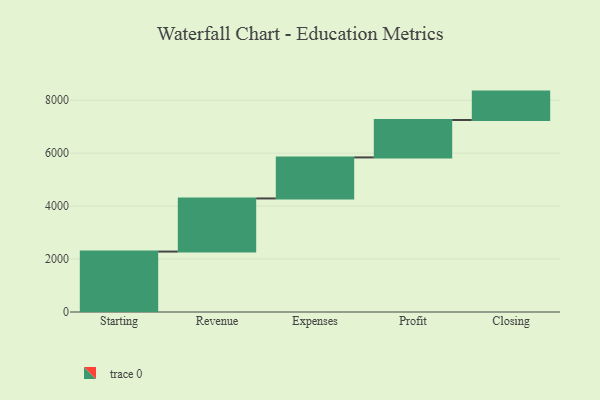
{"axis": {"x": "Step", "y": "Value"}, "legend": [""], "data": [{"x": "Starting", "y": 2282.0, "type": ""}, {"x": "Revenue", "y": 2006.0, "type": ""}, {"x": "Expenses", "y": 1549.0, "type": ""}, {"x": "Profit", "y": 1414.0, "type": ""}, {"x": "Closing", "y": 1072.0, "type": ""}]}